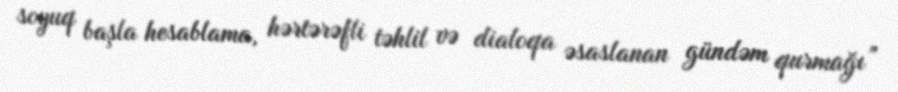
soyuq başla hesablama, hərtərəfli təhlil və dialoqa əsaslanan gündəm qurmağı”